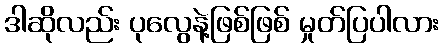
ဒါဆိုလည်း ပုလွေနဲ့ဖြစ်ဖြစ် မှုတ်ပြပါလား